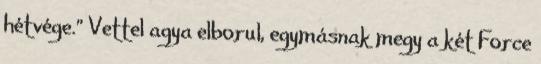
hétvége.” Vettel agya elborul, egymásnak megy a két Force